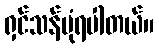
ရှင်သန်ပုံရပါတယ်။